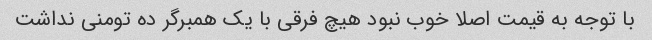
با توجه به قیمت اصلا خوب نبود هیچ فرقی با یک همبرگر ده تومنی نداشت